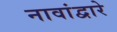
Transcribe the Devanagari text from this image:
नावांद्वारे